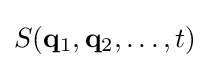
S(\mathbf {q} _{1},\mathbf {q} _{2},\ldots ,t)